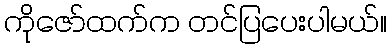
ကိုဇော်ထက်က တင်ပြပေးပါမယ်။